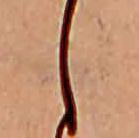
し